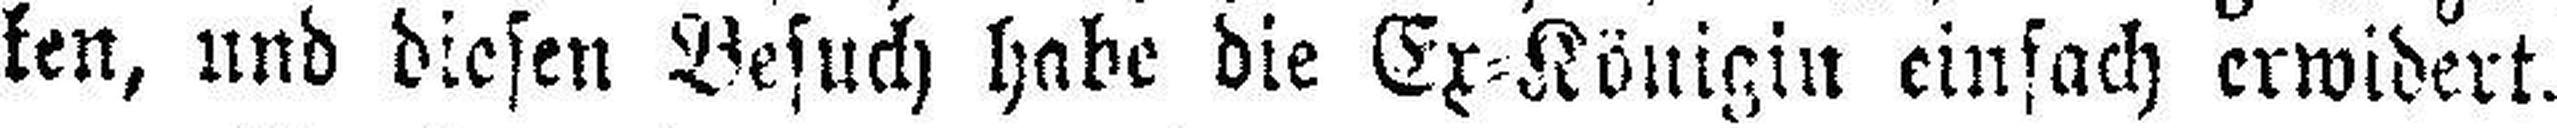
ken, und diesen Besuch habe die Ex=Königin einfach erwidert.